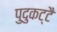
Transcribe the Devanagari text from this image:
पुदुकट्टै